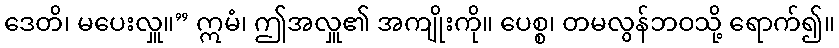
ဒေတိ၊ မပေးလှူ။” ဣမံ၊ ဤအလှူ၏ အကျိုးကို။ ပေစ္စ၊ တမလွန်ဘဝသို့ ရောက်၍။